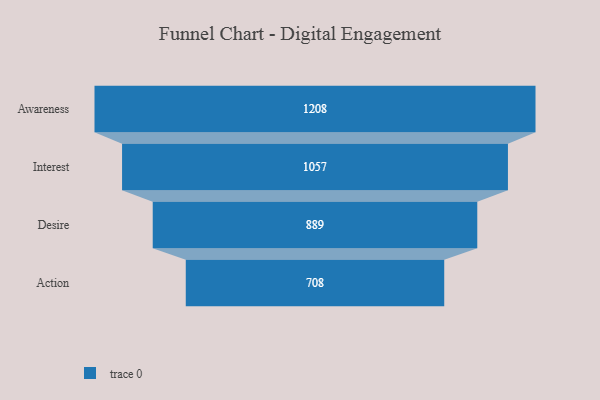
{"axis": {"x": "Stage", "y": "Value"}, "legend": [""], "data": [{"x": "Awareness", "y": 1208.0, "type": ""}, {"x": "Interest", "y": 1057.0, "type": ""}, {"x": "Desire", "y": 889.0, "type": ""}, {"x": "Action", "y": 708.0, "type": ""}]}